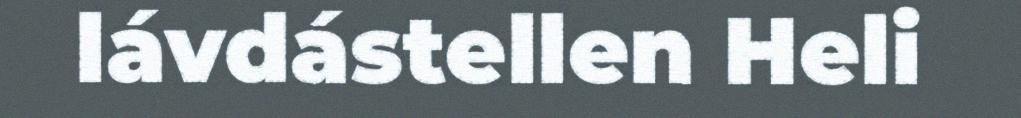
lávdástellen Heli